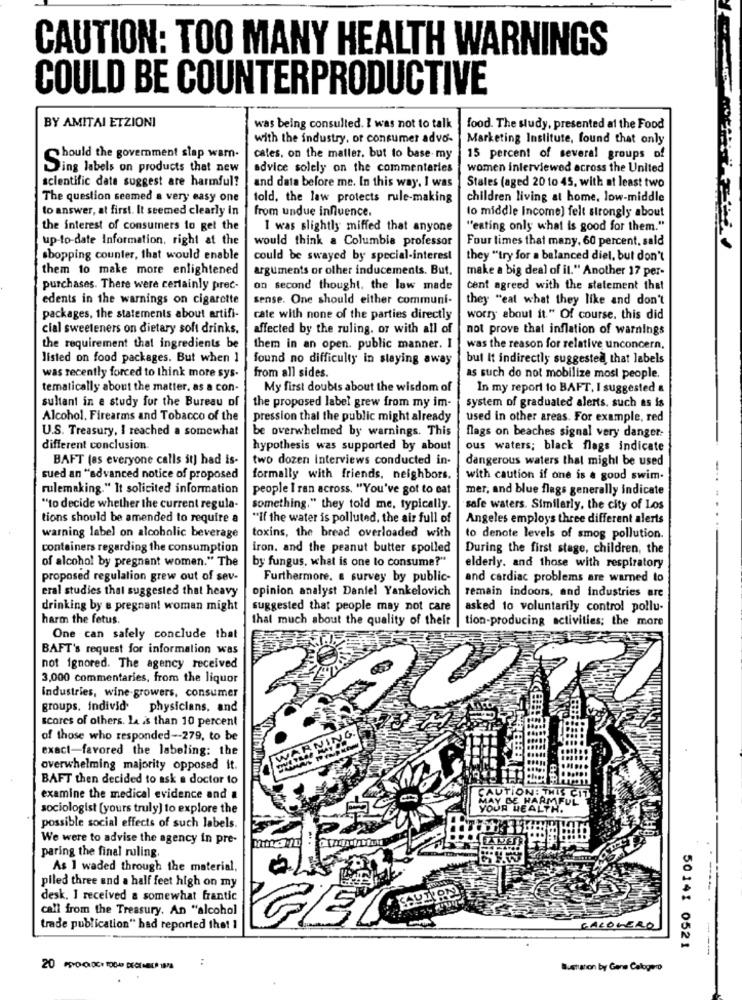
CAUTION: TOO MANY HEALTH WARNINGS
COULD BE COUNTERPRODUCTIVE
BY AMITAI ETZIONI
was being consulted. I was not to talk
food. The study, presented at the Food
with the industry, of consumer advo-
Marketing Institute, found that only
hould the government slap warn.
cates, on the maller, but to base- my
15 percent of several groups of
Ding labels on products that new
advice solely on the commentaries
women interviewed across the United
scientific date suggest are harmful?
Stales (aged 20 to 45, with at least two
and data before me. In this way, I was
The question seemed a very easy one
told, the law protects rule-making
children living at home, low-middle
to answer, at first. It seemed clearly in
from undue influence.
lo middle Income] felt strongly about
the interest of consumers to get the
1 was slightly miffed that anyone
"eating only what is good for them."
up-to-date Information, right at the
would think a Columbia professor
Four times that many, 60 percent, sald
shopping counter, that would enable
could be swayed by special-interest
they "try for a balanced diel, but don't
them to make more enlightened
arguments or other inducements. But.
make a big deal of il." Another 17 per-
purchases. There were certainly prec-
on second thought. the law made
cent agreed with the statement that
edents in the warnings on cigarette
sense. One should either communi-
they "eat what they like and don't
packages, the statements about artifi-
cate with none of the parties directly
worry about it." Of course, this did
cial sweeteners on dietary soft drinks.
affected by the ruling. or with all of
not prove that inflation of warnings
the requirement that ingredients be
them in an open. public manner. I
was the reason for relative unconcern,
listed on food packages. But when 1
found no difficulty in staying away
but It indirectly suggested that labels
was recently forced to think more sys-
from all sides.
as such do not mobilize most people.
tematically about the matter, as a con-
My first doubts about the wisdom of
In my report to BAFT, I suggested a
sultant in e study for the Bureau of
the proposed label grew from my im-
system of graduated alerts, such as is
Alcohol, Firearms and Tobacco of the
pression thal the public might already
used in other areas. For example, red
U.S. Treasury, I reached a somewhat
be overwhelmed by warnings. This
flags on beaches signal very danger.
different conclusion
hypothesis was supported by about
ous waters; black flags indicate
BAFT (as everyone calls it] had is-
two dozen Interviews conducted in-
dangerous waters that might be used
-
sued an "advanced notice of proposed
formally with friends, neighbors.
with caution if one is a good swim-
rulemaking." It solicited information
people I ran across. "You've got to eat
mer, and blue flags generally indicate
"to decide whether the current regula-
something." they told me, typically.
safe waters. Similarly, the city of Los
tions should be amended to require a
"If the water is polluted, the air full of
Angeles employs three different alerts
warning label on alcoholic beverage
toxins, the bread overloaded with
to denote levels of smog pollution.
containers regarding the consumption
iron. and the peanut butter spolled
During the first stage, children, the
of alcohol by pregnant women." The
by fungus, what is one to consume?"
elderly. and those with respiratory
proposed regulation grew out of sev-
Furthermore. a survey by public-
and cardiac problems are warned to
eral studies that suggested that heavy
opinion analyst Daniel Yankelovich
remain indoors, and industries are
drinking by e pregnant woman might
suggested that people may not care
asked to voluntarily control pollu-
harm the fetus.
that much about the quality of their
tion-producing activities; the more
One can safely conclude that
BAFT's request for information was
not ignored. The agency received
3,000 commentaries, from the liquor
industries, wine-growers, consumer
groups, individ physicians, and
scores of others. la is than 10 percent
of those who responded -- 279, to be
ARNING.
exact-favored the labeling: the
overwhelming majority opposed it.
BAFT then decided to ask a doctor to
examine the medical evidence and a
CAUTIONET
BE HARMFUL
sociologist [yours truly] to explore the
YOUR HEALTH.
possible social effects of such labels.
We were to advise the agency in pre-
.. .
paring the final ruling.
As I waded through the material,
piled three and a half feet high on my
desk. I received a somewhat frantic
call from the Treasury. An "alcohol
GE
trade publication" had reported the! 1
CALOGERO
50141 0521
Bustuation by Gene Calogero